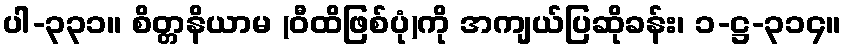
ပါ-၃၃၁။ စိတ္တနိယာမ (ဝီထိဖြစ်ပုံ)ကို အကျယ်ပြဆိုခန်း၊ ၁-ဋ္ဌ-၃၁၄။